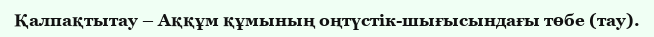
Қалпақтытау – Аққұм құмының оңтүстік-шығысындағы төбе (тау).